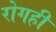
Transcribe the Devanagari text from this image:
रोगही